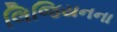
લિજિયનના